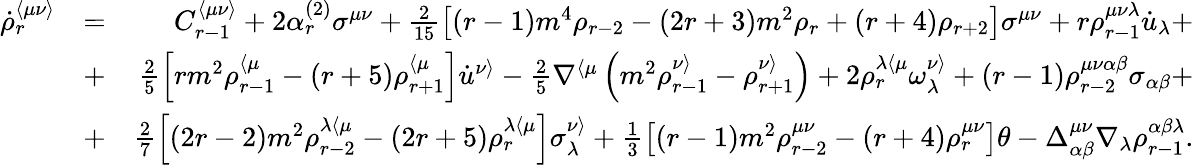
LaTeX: \begin{array}{rlr}{\dot{\rho}_{r}^{\langle\mu\nu\rangle}}&{=}&{C_{r-1}^{\langle\mu\nu\rangle}+2\alpha_{r}^{(2)}\sigma^{\mu\nu}+\frac{2}{15}\left[(r-1)m^{4}\rho_{r-2}-(2r+3)m^{2}\rho_{r}+(r+4)\rho_{r+2}\right]\sigma^{\mu\nu}+r\rho_{r-1}^{\mu\nu\lambda}\dot{u}_{\lambda}+}\\ &{+}&{\frac{2}{5}\left[rm^{2}\rho_{r-1}^{\langle\mu}-(r+5)\rho_{r+1}^{\langle\mu}\right]\dot{u}^{\nu\rangle}-\frac{2}{5}\nabla^{\langle\mu}\left(m^{2}\rho_{r-1}^{\nu\rangle}-\rho_{r+1}^{\nu\rangle}\right)+2\rho_{r}^{\lambda\langle\mu}\omega^{\nu\rangle}_{\lambda}+(r-1)\rho_{r-2}^{\mu\nu\alpha\beta}\sigma_{\alpha\beta}+}\\ &{+}&{\frac{2}{7}\left[(2r-2)m^{2}\rho_{r-2}^{\lambda\langle\mu}-(2r+5)\rho_{r}^{\lambda\langle\mu}\right]\sigma_{\lambda}^{\nu\rangle}+\frac{1}{3}\left[(r-1)m^{2}\rho_{r-2}^{\mu\nu}-(r+4)\rho_{r}^{\mu\nu}\right]\theta-\Delta_{\alpha\beta}^{\mu\nu}\nabla_{\lambda}\rho_{r-1}^{\alpha\beta\lambda}.}\end{array}